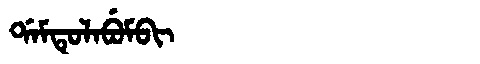
Manchu: ᡩᠠᠮᡨᡠᠯᠠᠪᡠᠮᠪᡳ
Romanization: DAMTULABUMBI